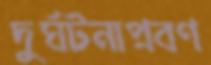
দুর্ঘটনাপ্রবণ